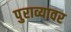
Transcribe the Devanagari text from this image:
पुराव्यावर